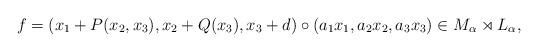
LaTeX: \begin{align*}f = (x_1 + P(x_2, x_3), x_2 + Q(x_3), x_3+d) \circ (a_1x_1, a_2x_2, a_3x_3) \in M_\alpha \rtimes L_\alpha,\end{align*}